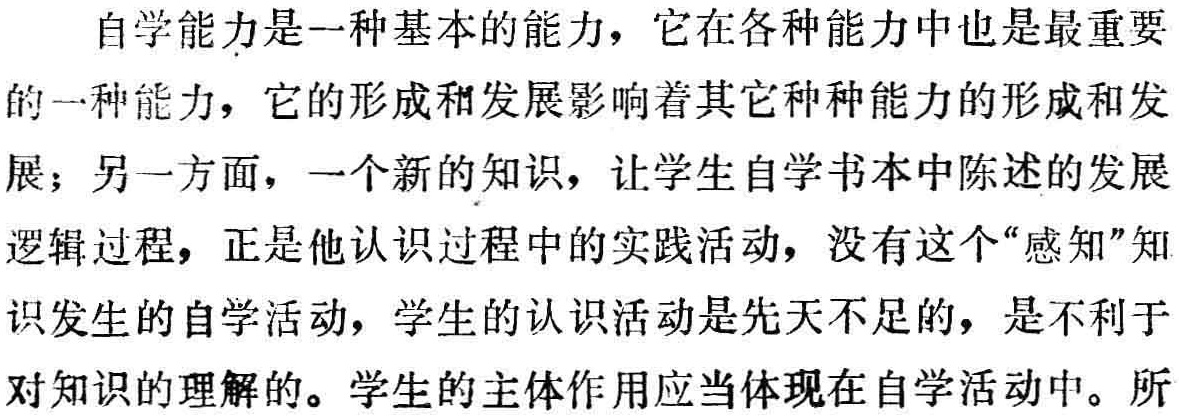
自学能力是一种基本的能力，它在各种能力中也是最重要的一种能力，它的形成和发展影响着其它种种能力的形成和发展；另一方面，一个新的知识，让学生自学书本中陈述的发展逻辑过程，正是他认识过程中的实践活动，没有这个“感知”知识发生的自学活动，学生的认识活动是先天不足的，是不利于对知识的理解的。学生的主体作用应当体现在自学活动中。所